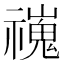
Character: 𫀢